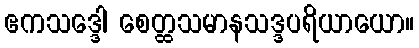
ဧကသဒ္ဒေါ စေတ္ထသမာနသဒ္ဒပရိယာယော။